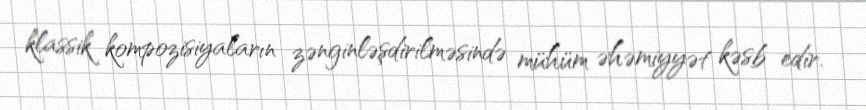
klassik kompozisiyaların zənginləşdirilməsində mühüm əhəmiyyət kəsb edir.